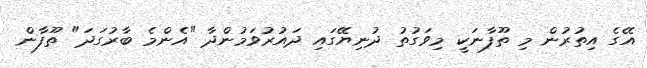
އޭގެ އިތުރުން މި ތޫފާނަކީ މިވަގުތު ދުނިޔޭގައި ދައުރުވަމުންދާ "އެންމެ ބާރުގަދަ" ތޫފާން